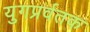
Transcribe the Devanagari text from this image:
युगप्रर्वतक